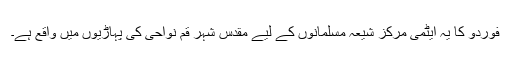
فوردو کا یہ ایٹمی مرکز شیعہ مسلمانوں کے لیے مقدس شہر قم نواحی کی پہاڑیوں میں واقع ہے۔